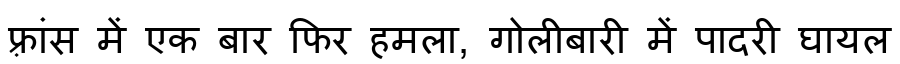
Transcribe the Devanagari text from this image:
फ़्रांस में एक बार फिर हमला, गोलीबारी में पादरी घायल